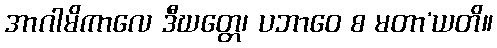
အာဂါမိကာလေ ဒီဃတ္တေ၊ ပဘာဝေ စ မတာ’ယတိ။